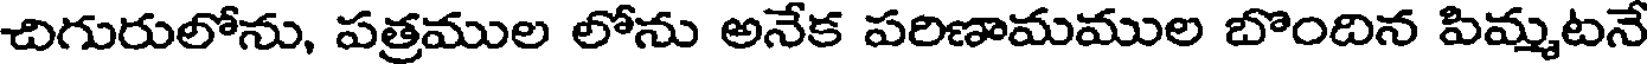
చిగురులోను, పత్రముల లోను అనేక పరిణామముల బొందిన పిమ్మటనే